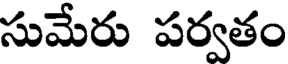
సుమేరు పర్వతం